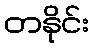
တနိုင်း